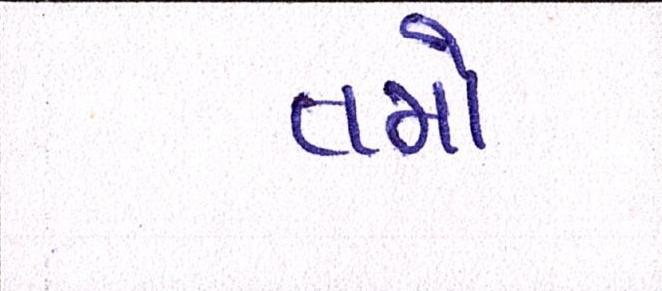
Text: તમો